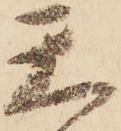
天